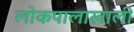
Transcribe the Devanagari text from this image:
लोकपालाखाली